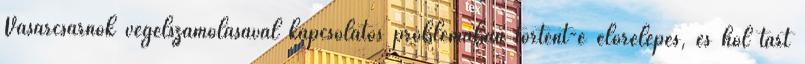
Vásárcsarnok végelszámolásával kapcsolatos problémában történt-e előrelépés, és hol tart